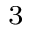
^ 3